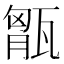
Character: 𤭶